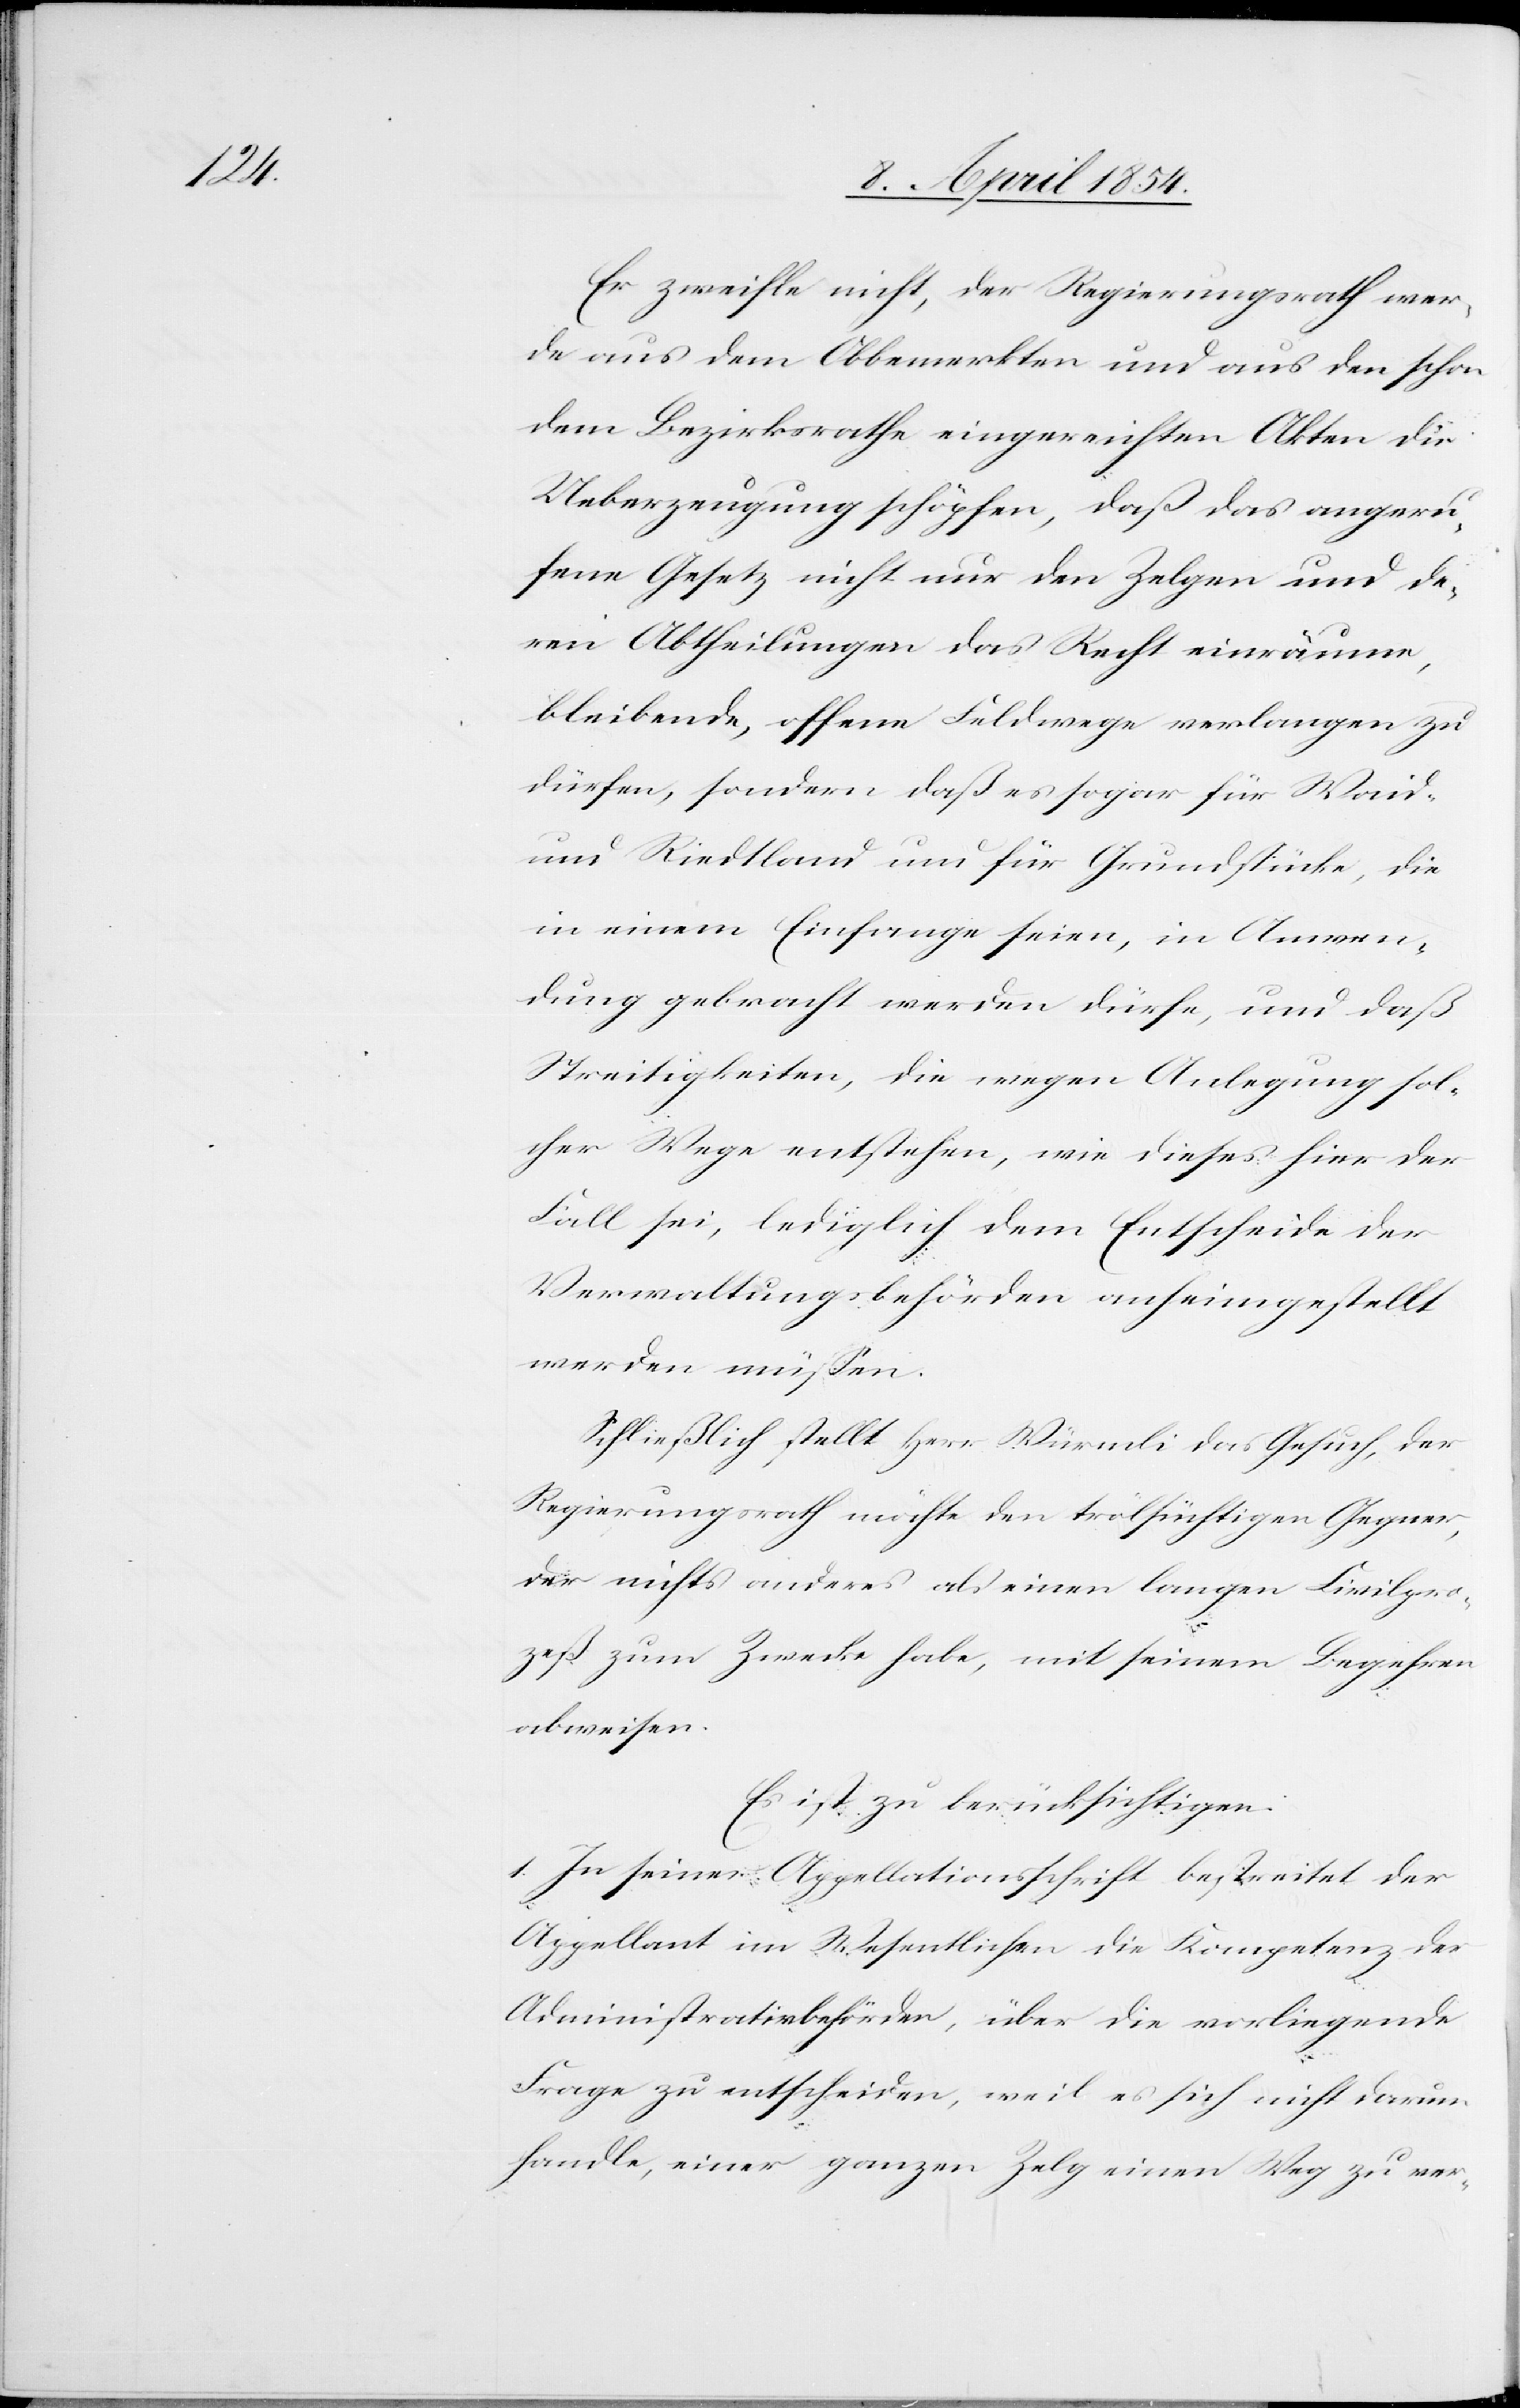
Er zweifle nicht, der Regierungsrath wer¬
de aus dem Obbemerkten und aus den schon
dem Bezirksrathe eingereichten Akten die
Ueberzeugung schöpfen, daß das angeru¬
fene Gesetz nicht nur den Zelgen und de¬
ren Abtheilungen das Recht einräume,
bleibende, offene Feldwege verlangen zu
dürfen, sondern daß es sogar für Waid-
und Riedtland und für Grundstücke, die
in einem Einfange seien, in Anwen¬
dung gebracht werden dürfe, und daß
Streitigkeiten, die wegen Anlegung sol¬
cher Wege entstehen, wie dieses hier der
Fall sei, lediglich dem Entscheide der
Verwaltungsbehörden anheimgestellt
werden müßen.
Schließlich stellt Herr Würmli das Gesuch, der
Regierungsrath möchte den trölsüchtigen Gegner,
der nichts anderes als einen langen Civilpro¬
zeß zum Zecke habe, mit seinem Begehren
abweisen.
Es ist zu berücksichtigen:
1. In seiner Appellationsschrift bestreitet der
Appellant im Wesentlichen die Kompetenz der
Administrativbehörden, über die vorliegende
Frage zu entscheiden, weil es sich nicht darum
handle, einer ganzen Zelg einen Weg zu ver-